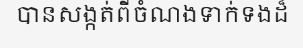
បានសង្កត់ពីចំណងទាក់ទងដ៏